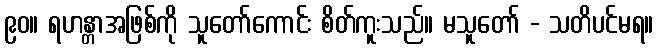
၉၀။ ရဟန္တာအဖြစ်ကို သူတော်ကောင်း စိတ်ကူးသည်။ မသူတော် - သတိပင်မရ။